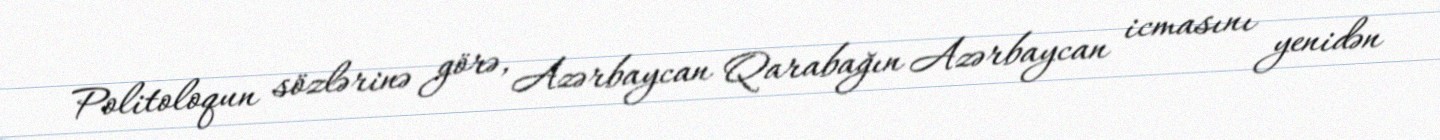
Politoloqun sözlərinə görə, Azərbaycan Qarabağın Azərbaycan icmasını yenidən